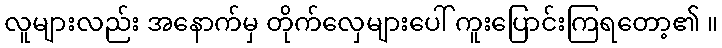
လူများလည်း အနောက်မှ တိုက်လှေများပေါ် ကူးပြောင်းကြရတော့၏ ။